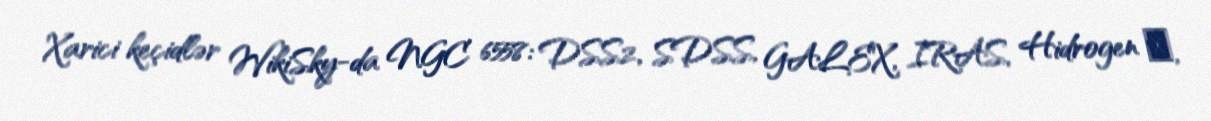
Xarici keçidlər WikiSky-da NGC 6558: DSS2, SDSS, GALEX, IRAS, Hidrogen α,